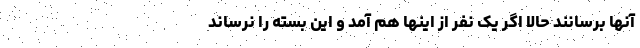
آنها برسانند حالا اگر یک نفر از اینها هم آمد و این بسته را نرساند